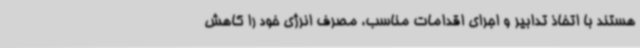
هستند با اتخاذ تدابیر و اجرای اقدامات مناسب، مصرف انرژی خود را کاهش